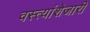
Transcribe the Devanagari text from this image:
वस्त्यांशेजारी